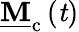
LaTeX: \mathbf{\underline{{M}}}_{\mathrm{c}}\left(\mathit{t}\right)